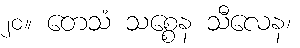
၂၀။ တေသံ သစ္စေန သီလေန၊